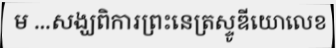
ម ...សង្ឃពិការព្រះនេត្រស្ទូឌីយោលេខ